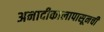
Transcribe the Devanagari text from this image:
अनादीकालापासूनची